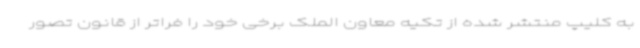
به کلیپ منتشر شده از تکیه معاون الملک برخی خود را فراتر از قانون تصور